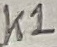
Text: K1